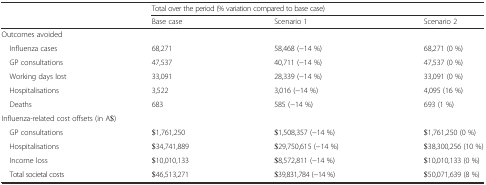
<table><thead><tr><td rowspan="2"></td><td colspan="3"><b>Total over the period (% variation compared to base case)</b></td></tr><tr><td><b>Base case</b></td><td><b>Scenario 1</b></td><td><b>Scenario 2</b></td></tr></thead><tbody><tr><td colspan="4">Outcomes avoided</td></tr><tr><td> Influenza cases</td><td>68,271</td><td>58,468 (−14 %)</td><td>68,271 (0 %)</td></tr><tr><td> GP consultations</td><td>47,537</td><td>40,711 (−14 %)</td><td>47,537 (0 %)</td></tr><tr><td> Working days lost</td><td>33,091</td><td>28,339 (−14 %)</td><td>33,091 (0 %)</td></tr><tr><td> Hospitalisations</td><td>3,522</td><td>3,016 (−14 %)</td><td>4,095 (16 %)</td></tr><tr><td> Deaths</td><td>683</td><td>585 (−14 %)</td><td>693 (1 %)</td></tr><tr><td colspan="4">Influenza-related cost offsets (in A$)</td></tr><tr><td> GP consultations</td><td>$1,761,250</td><td>$1,508,357 (−14 %)</td><td>$1,761,250 (0 %)</td></tr><tr><td> Hospitalisations</td><td>$34,741,889</td><td>$29,750,615 (−14 %)</td><td>$38,300,256 (10 %)</td></tr><tr><td> Income loss</td><td>$10,010,133</td><td>$8,572,811 (−14 %)</td><td>$10,010,133 (0 %)</td></tr><tr><td> Total societal costs</td><td>$46,513,271</td><td>$39,831,784 (−14 %)</td><td>$50,071,639 (8 %)</td></tr></tbody></table>